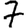
Digit: 7